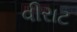
વીરાટ